Vabadussoja_Ajaloo_Komitee, lk 21
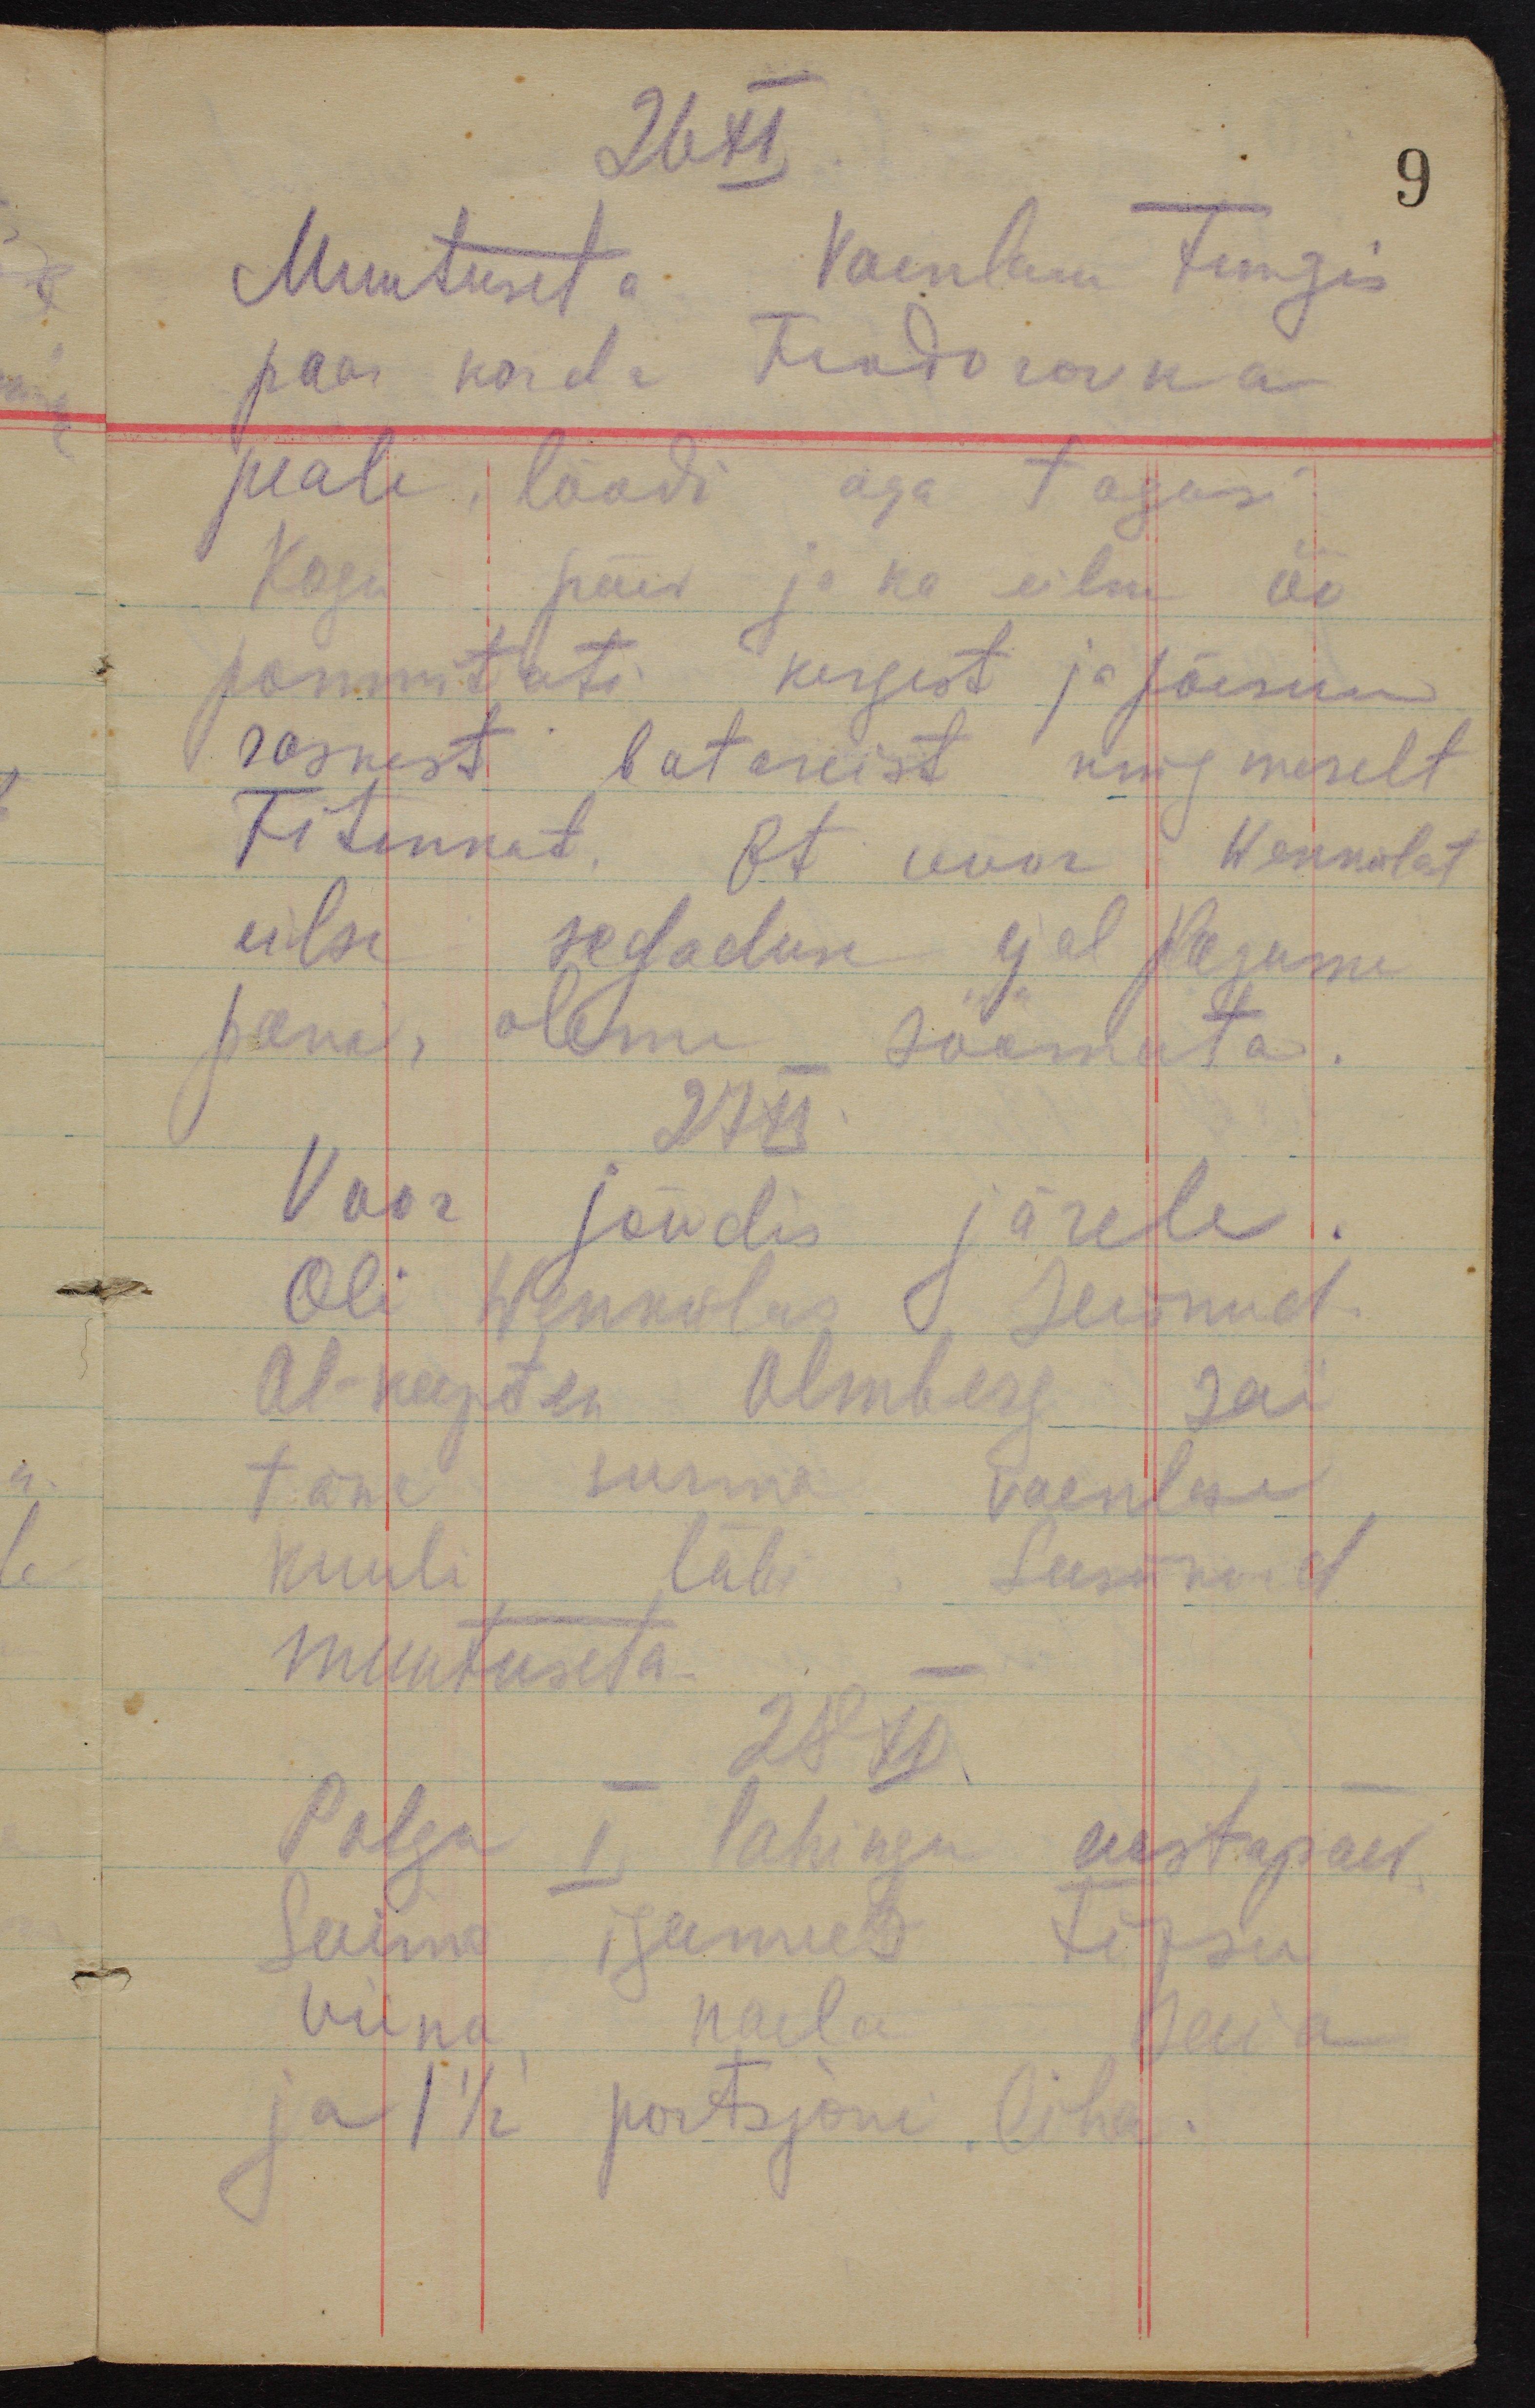
26 XI
9
Muutuseta. Vaenlane tungis
paar korda Feodorovka
peale, löödi aga tagasi.
Kogu päev ja ka eilne öö
pommitati kergest ja jõesuu
raskest batareist ning merelt
Fitinkat. Et voor Wenkülast
eilse segaduse ajal plagama
pani, oleme söömata.
27 XI
Voor jõudis järele.
Oli Wenkülas seisnud
Al-kapten Olmberg sai
täna surma vaenlase
kuuli läbi. Seisukord
muutuseta.
28 XI
Polgu I lahingu aastapäev.
Saime igamees tipsu
viina, naela saia
ja 1 1/2 portsjoni liha.